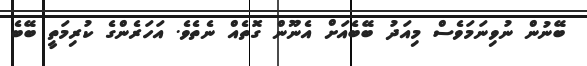
ބޭނުން ނުވިނަމަވެސް މިއަދު ބޭބެއަށް އެނޫން ގޮތެއް ނެތެވެ. އަހަރެންގެ ކުރިމަތީ ބޭބެ